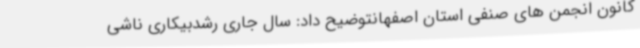
کانون انجمن های صنفی استان اصفهانتوضیح داد: سال جاری رشدبیکاری ناشی